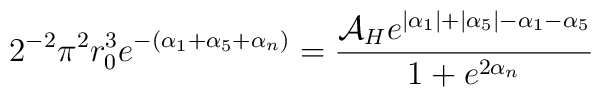
2^{-2}\pi^2 r_0^3 e^{-(\alpha_1+\alpha_5+\alpha_n)} = \frac{{\cal A}_H e^{|\alpha_1|+|\alpha_5|-\alpha_1-\alpha_5}}                      {1+e^{2\alpha_n}}